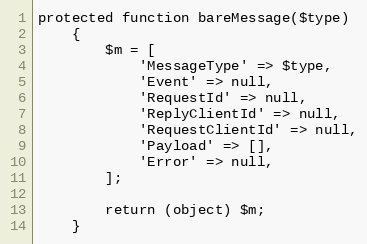
Language: PHP
protected function bareMessage($type)
	{
		$m = [
			'MessageType' => $type,
			'Event' => null,
			'RequestId' => null,
			'ReplyClientId' => null,
			'RequestClientId' => null,
			'Payload' => [],
			'Error' => null,
		];

		return (object) $m;
	}